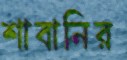
শাবানির